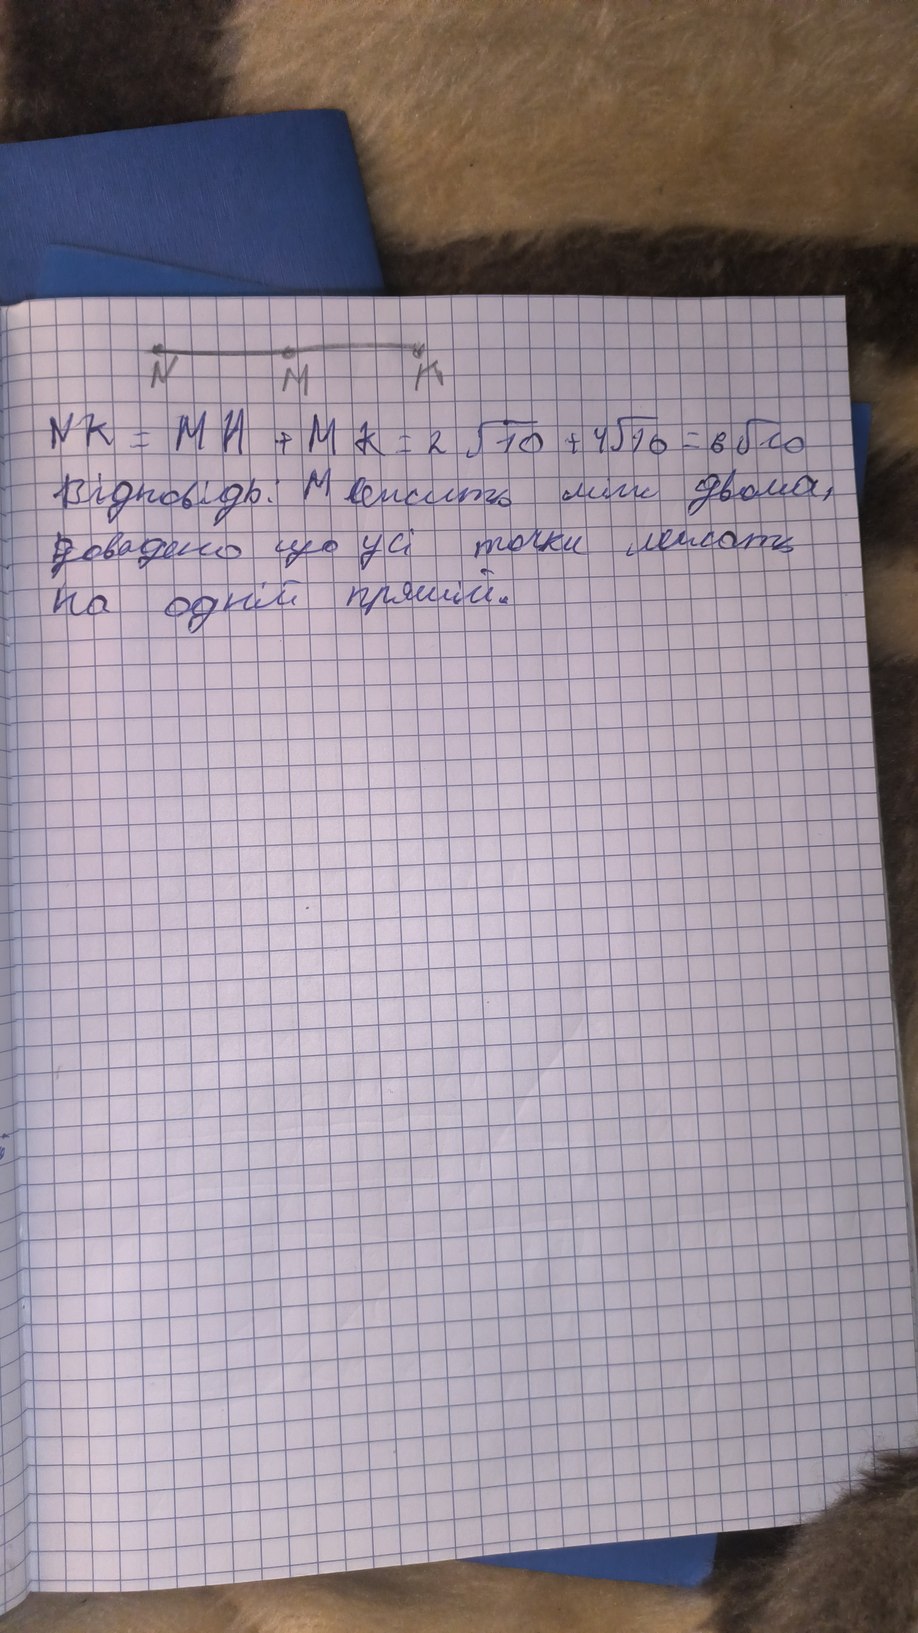
NK = MH + MK = 2 √10 + 4√10 = 6√10
Відповідь: M лежить між двома,
доведено що усі точки лежать
на одній прямій.